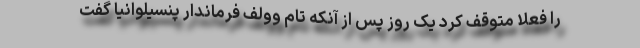
را فعلا متوقف کرد یک روز پس از آنکه تام وولف فرماندار پنسیلوانیا گفت